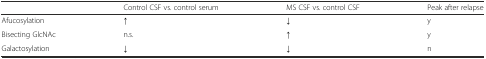
<table><thead><tr><td></td><td><b>Control CSF vs. control serum</b></td><td><b>MS CSF vs. control CSF</b></td><td><b>Peak after relapse</b></td></tr></thead><tbody><tr><td>Afucosylation</td><td>↑</td><td>↓</td><td>y</td></tr><tr><td>Bisecting GlcNAc</td><td>n.s.</td><td>↑</td><td>y</td></tr><tr><td>Galactosylation</td><td>↓</td><td>↓</td><td>n</td></tr></tbody></table>